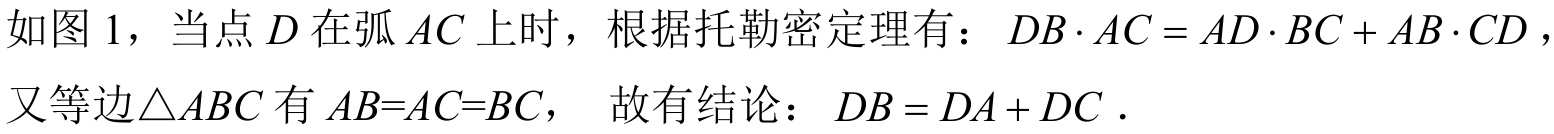
如图 \(1\)，当点 \(D\) 在弧 \(AC\) 上时，根据托勒密定理有：\(DB\cdot AC = AD\cdot BC + AB\cdot CD\)，
又等边\(\triangle ABC\) 有 \(AB = AC = BC\)， 故有结论：\(DB = DA + DC\) .